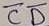
Text: CD